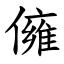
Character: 㒕